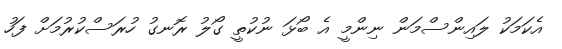
އެކަމަކު ލައިންސްމަން ނިންމީ އެ ބޯޅަ ނުކުތީ ގޯލު ރޮނގު ހުރަސްކުރުމަށް ފަހު